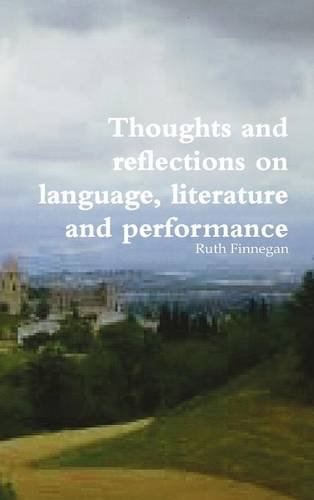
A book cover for Thoughts and Reflections on Language, Literature and Performance; William O'Grady; Literature & Fiction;